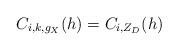
LaTeX: \begin{align*}C_{i,k,g_{X}}(h)=C_{i,Z_{D}}(h)\end{align*}